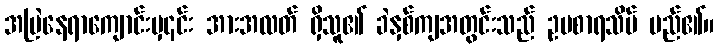
အမြဲနေရာကျောင်းမှ၎င်း အားအလတ် ရှိသူ၏ ခဲနှစ်ကျအတွင်းသည် ဥပစာရသိမ် မည်၏။